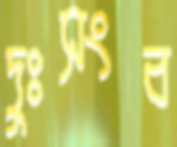
দুঃসংব